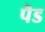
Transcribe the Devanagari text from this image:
पॆड